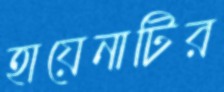
হায়েনাটির